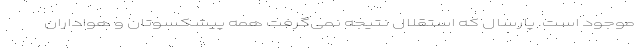
موجود است. پارسال که استقلال نتیجه نمی‌گرفت همه پیشکسوتان و هواداران